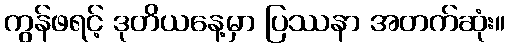
ကွန်ဖရင့် ဒုတိယနေ့မှာ ပြဿနာ အတက်ဆုံး။